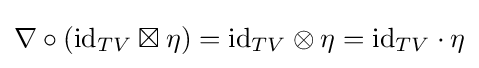
\nabla \circ (\mathrm {id} _{TV}\boxtimes \eta )=\mathrm {id} _{TV}\otimes \eta =\mathrm {id} _{TV}\cdot \eta